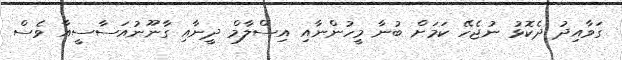
ގަވާއިދު ދެކޮޅު ނުޖެހޭ ކަމަށް ބުނާ މީހުންނާއި އިސްލާމް ދީނާއި ގާނޫނުއަސާސީއާ ވެސް